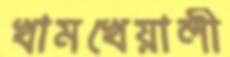
খামখেয়ালী